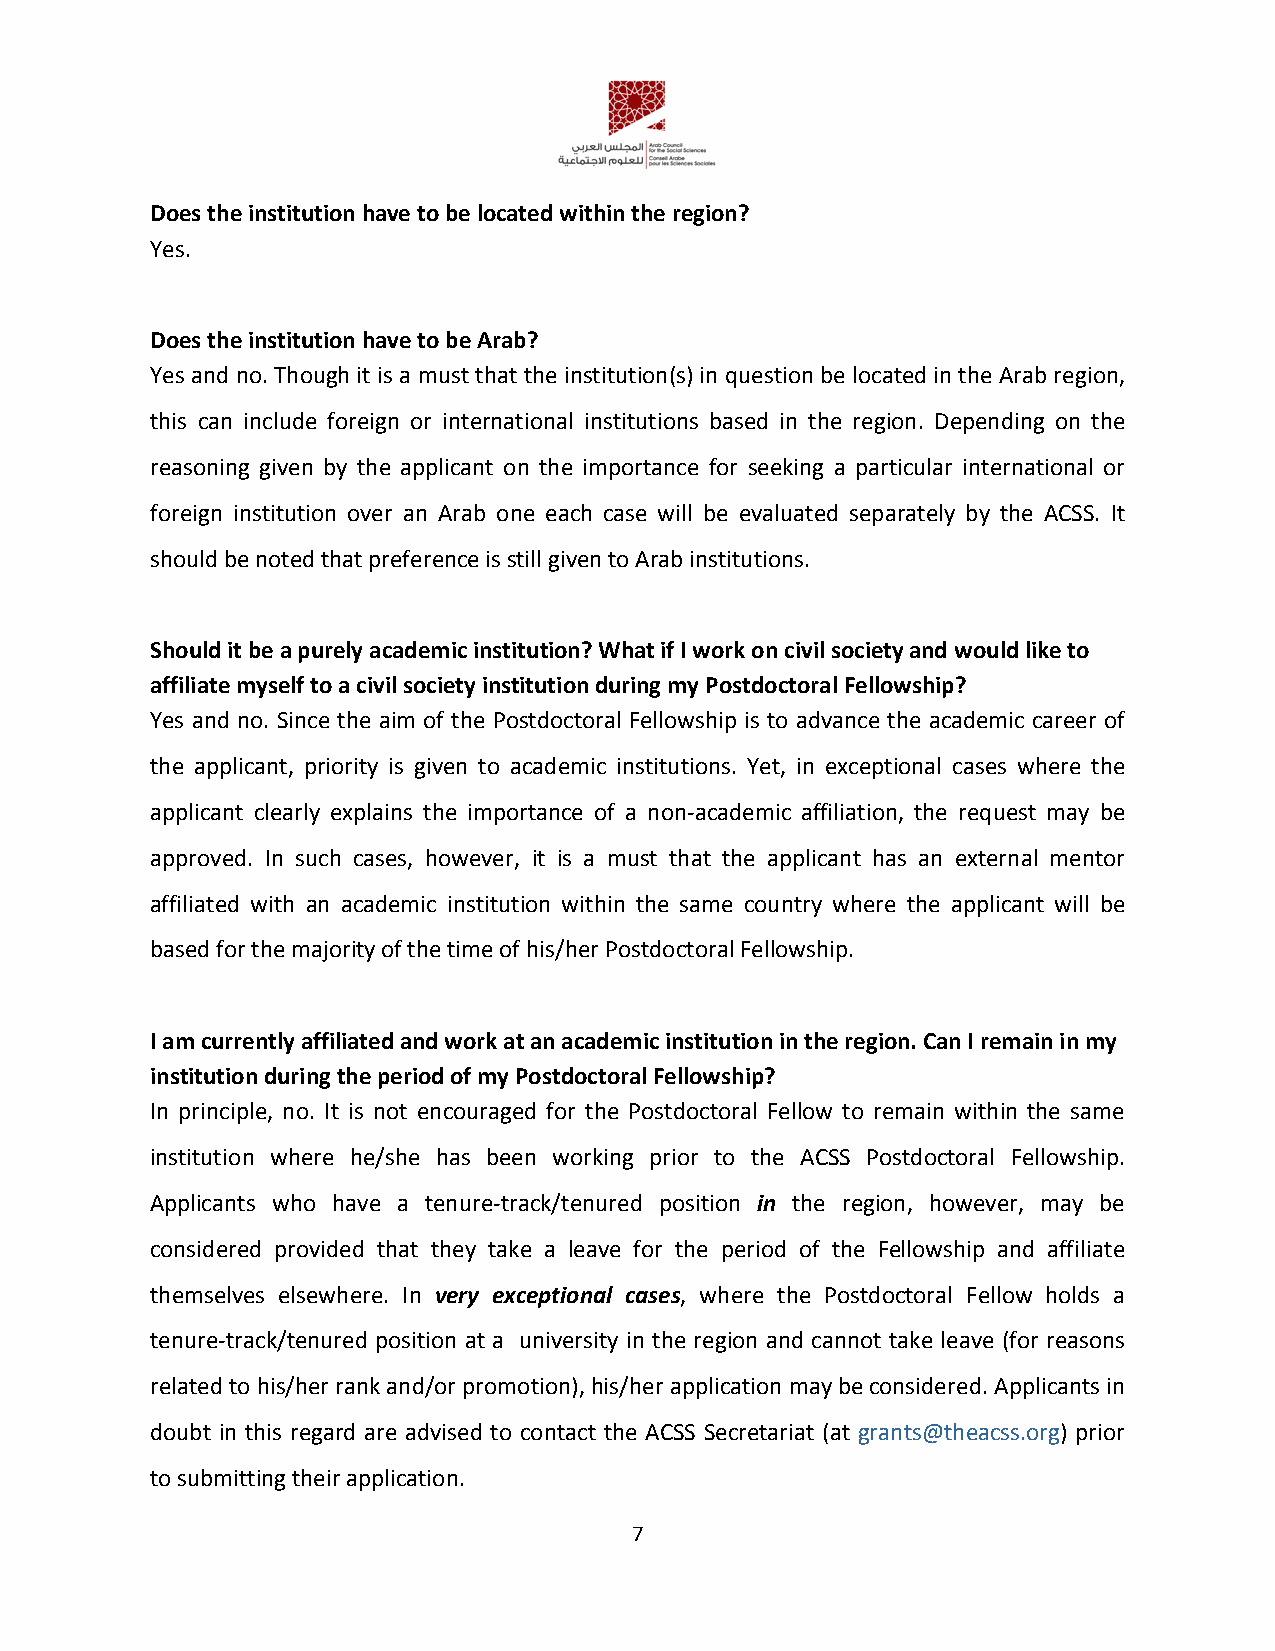
Does the institution have to be located within the region?
 Yes.
 Does the institution have to be Arab?
 Yes and no. Though it is a must that the institution(s) in question be located in the Arab region,
 this can include foreign or international institutions based in the region. Depending on the
 reasoning given by the applicant on the importance for seeking a particular international or
 foreign institution over an Arab one each case will be evaluated separately by the ACSS. It
 should be noted that preference is still given to Arab institutions.
 Should it be a purely academic institution? What if I work on civil society and would like to
 affiliate myself to a civil society institution during my Postdoctoral Fellowship?
 Yes and no. Since the aim of the Postdoctoral Fellowship is to advance the academic career of
 the applicant, priority is given to academic institutions. Yet, in exceptional cases where the
 applicant clearly explains the importance of a non-academic affiliation, the request may be
 approved. In such cases, however, it is a must that the applicant has an external mentor
 affiliated with an academic institution within the same country where the applicant will be
 based for the majority of the time of his/her Postdoctoral Fellowship.
 I am currently affiliated and work at an academic institution in the region. Can I remain in my
 institution during the period of my Postdoctoral Fellowship?
 In principle, no. It is not encouraged for the Postdoctoral Fellow to remain within the same
 institution where he/she has been working prior to the ACSS Postdoctoral Fellowship.
 Applicants who have a tenure-track/tenured position in the region, however, may be
 considered provided that they take a leave for the period of the Fellowship and affiliate
 themselves elsewhere. In very exceptional cases, where the Postdoctoral Fellow holds a
 tenure-track/tenured position at a university in the region and cannot take leave (for reasons
 related to his/her rank and/or promotion), his/her application may be considered. Applicants in
 doubt in this regard are advised to contact the ACSS Secretariat (at grants@theacss.org) prior
 to submitting their application.
 7